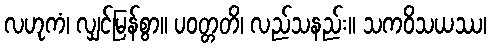
လဟုကံ၊ လျှင်မြန်စွာ။ ပဝတ္တတိ၊ လည်သနည်း။ သကဝိသယဿ၊